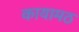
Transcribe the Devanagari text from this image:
कायामठ